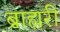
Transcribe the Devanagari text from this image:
ब्राह्मरी